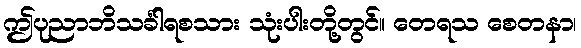
ဤပုညာဘိသင်္ခါရစသား သုံးပါးတို့တွင်။ တေရသ စေတနာ၊